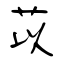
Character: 苡